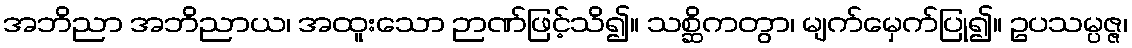
အဘိညာ အဘိညာယ၊ အထူးသော ဉာဏ်ဖြင့်သိ၍။ သစ္ဆိကတွာ၊ မျက်မှေက်ပြု၍။ ဥပသမ္ပဇ္ဇ၊